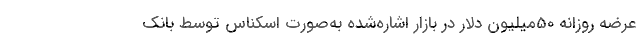
عرضه روزانه 50میلیون دلار در بازار اشاره‌شده به‌صورت اسکناس توسط بانک